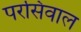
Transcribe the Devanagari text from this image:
परसिवाल